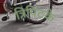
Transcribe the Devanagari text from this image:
त्रिपिटके